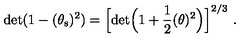
\mathrm { d e t } ( 1 - ( \theta _ { \mathrm { s } } ) ^ { 2 } ) = \Big [ \mathrm { d e t } \Big ( 1 + \frac { 1 } { 2 } ( \theta ) ^ { 2 } \Big ) \Big ] ^ { 2 / 3 } \ .